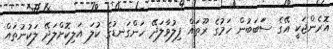
އޮރެންޖަކީ އޭގެ ސަަބަބުން ހަމުގެ ރޫތައް ފިލުވާލަދޭ ހަންގަނޑުގެ ކުލަ އަލިކޮށްލަދޭ ލަކުނުތައް